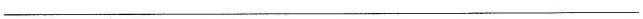
___